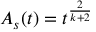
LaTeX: { \cal A } _ { s } ( t ) = t ^ { \frac { 2 } { k + 2 } }